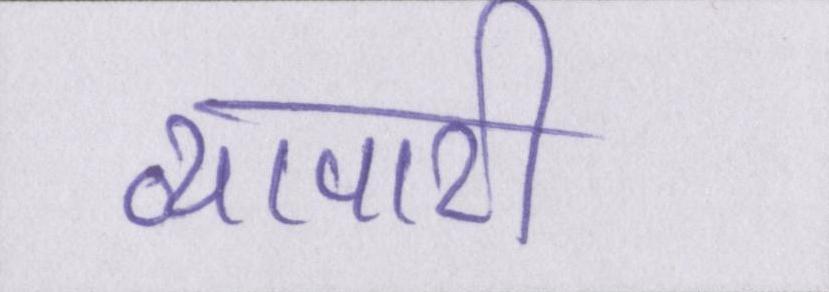
व्यापारी